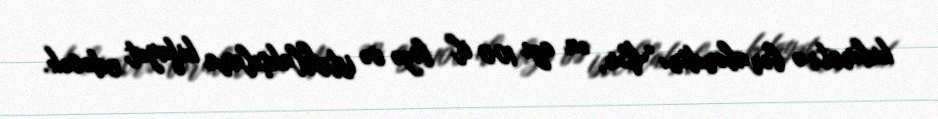
kubmetrə bərabərdir: “Bu, ən azı 100 il bizə və istehlakçılara kifayət edəcək.